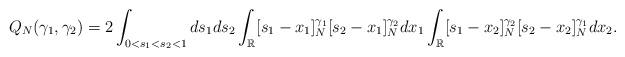
LaTeX: \begin{align*}Q_N(\gamma_1,\gamma_2)=2 \int_{0<s_1<s_2<1} ds_1ds_2\int_\mathbb{R} [s_1-x_1]_N^{\gamma_1}[s_2-x_1]_N^{\gamma_2} dx_1 \int_{\mathbb{R}} [s_1-x_2]_N^{\gamma_2} [s_2-x_2]_N^{\gamma_1} dx_2.\end{align*}